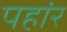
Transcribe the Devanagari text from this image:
पहांर